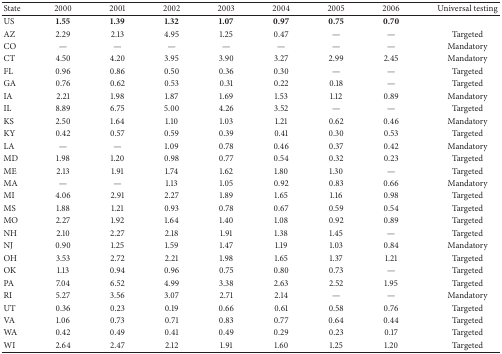
<table><thead><tr><td><b>State</b></td><td><b>2000</b></td><td><b>2001</b></td><td><b>2002</b></td><td><b>2003</b></td><td><b>2004</b></td><td><b>2005</b></td><td><b>2006</b></td><td><b>Universal testing</b></td></tr></thead><tbody><tr><td>US</td><td><b>1.55</b></td><td><b>1.39</b></td><td><b>1.32</b></td><td><b>1.07</b></td><td><b>0.97</b></td><td><b>0.75</b></td><td><b>0.70</b></td><td> </td></tr><tr><td>AZ</td><td>2.29</td><td>2.13</td><td>4.95</td><td>1.25</td><td>0.47</td><td>—</td><td>—</td><td>Targeted</td></tr><tr><td>CO</td><td>—</td><td>—</td><td>—</td><td>—</td><td>—</td><td>—</td><td>—</td><td>Mandatory</td></tr><tr><td>CT</td><td>4.50</td><td>4.20</td><td>3.95</td><td>3.90</td><td>3.27</td><td>2.99</td><td>2.45</td><td>Mandatory</td></tr><tr><td>FL</td><td>0.96</td><td>0.86</td><td>0.50</td><td>0.36</td><td>0.30</td><td>—</td><td>—</td><td>Targeted</td></tr><tr><td>GA</td><td>0.76</td><td>0.62</td><td>0.53</td><td>0.31</td><td>0.22</td><td>0.18</td><td>—</td><td>Targeted</td></tr><tr><td>IA</td><td>2.21</td><td>1.98</td><td>1.87</td><td>1.69</td><td>1.53</td><td>1.12</td><td>0.89</td><td>Mandatory</td></tr><tr><td>IL</td><td>8.89</td><td>6.75</td><td>5.00</td><td>4.26</td><td>3.52</td><td>—</td><td>—</td><td>Targeted</td></tr><tr><td>KS</td><td>2.50</td><td>1.64</td><td>1.10</td><td>1.03</td><td>1.21</td><td>0.62</td><td>0.46</td><td>Mandatory</td></tr><tr><td>KY</td><td>0.42</td><td>0.57</td><td>0.59</td><td>0.39</td><td>0.41</td><td>0.30</td><td>0.53</td><td>Targeted</td></tr><tr><td>LA</td><td>—</td><td>—</td><td>1.09</td><td>0.78</td><td>0.46</td><td>0.37</td><td>0.42</td><td>Mandatory</td></tr><tr><td>MD</td><td>1.98</td><td>1.20</td><td>0.98</td><td>0.77</td><td>0.54</td><td>0.32</td><td>0.23</td><td>Targeted</td></tr><tr><td>ME</td><td>2.13</td><td>1.91</td><td>1.74</td><td>1.62</td><td>1.80</td><td>1.30</td><td>—</td><td>Targeted</td></tr><tr><td>MA</td><td>—</td><td>—</td><td>1.13</td><td>1.05</td><td>0.92</td><td>0.83</td><td>0.66</td><td>Mandatory</td></tr><tr><td>MI</td><td>4.06</td><td>2.91</td><td>2.27</td><td>1.89</td><td>1.65</td><td>1.16</td><td>0.98</td><td>Targeted</td></tr><tr><td>MS</td><td>1.88</td><td>1.21</td><td>0.93</td><td>0.78</td><td>0.67</td><td>0.59</td><td>0.54</td><td>Targeted</td></tr><tr><td>MO</td><td>2.27</td><td>1.92</td><td>1.64</td><td>1.40</td><td>1.08</td><td>0.92</td><td>0.89</td><td>Targeted</td></tr><tr><td>NH</td><td>2.10</td><td>2.27</td><td>2.18</td><td>1.91</td><td>1.38</td><td>1.45</td><td>—</td><td>Targeted</td></tr><tr><td>NJ</td><td>0.90</td><td>1.25</td><td>1.59</td><td>1.47</td><td>1.19</td><td>1.03</td><td>0.84</td><td>Mandatory</td></tr><tr><td>OH</td><td>3.53</td><td>2.72</td><td>2.21</td><td>1.98</td><td>1.65</td><td>1.37</td><td>1.21</td><td>Targeted</td></tr><tr><td>OK</td><td>1.13</td><td>0.94</td><td>0.96</td><td>0.75</td><td>0.80</td><td>0.73</td><td>—</td><td>Targeted</td></tr><tr><td>PA</td><td>7.04</td><td>6.52</td><td>4.99</td><td>3.38</td><td>2.63</td><td>2.52</td><td>1.95</td><td>Targeted</td></tr><tr><td>RI</td><td>5.27</td><td>3.56</td><td>3.07</td><td>2.71</td><td>2.14</td><td>—</td><td>—</td><td>Mandatory</td></tr><tr><td>UT</td><td>0.36</td><td>0.23</td><td>0.19</td><td>0.66</td><td>0.61</td><td>0.58</td><td>0.76</td><td>Targeted</td></tr><tr><td>VA</td><td>1.06</td><td>0.73</td><td>0.71</td><td>0.83</td><td>0.77</td><td>0.64</td><td>0.44</td><td>Targeted</td></tr><tr><td>WA</td><td>0.42</td><td>0.49</td><td>0.41</td><td>0.49</td><td>0.29</td><td>0.23</td><td>0.17</td><td>Targeted</td></tr><tr><td>WI</td><td>2.64</td><td>2.47</td><td>2.12</td><td>1.91</td><td>1.60</td><td>1.25</td><td>1.20</td><td>Targeted</td></tr></tbody></table>